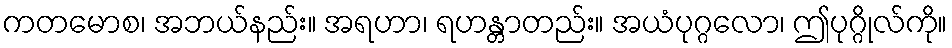
ကတမောစ၊ အဘယ်နည်း။ အရဟာ၊ ရဟန္တာတည်း။ အယံပုဂ္ဂလော၊ ဤပုဂ္ဂိုလ်ကို။